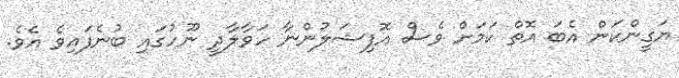
ޔަގީންކަން އެބަ އޮތް ކަމަށް ވެސް އޮފިޝަލުންނާ ހަވާލާދީ ނޫހުގައި ބުނެފައިވެ އެވެ.